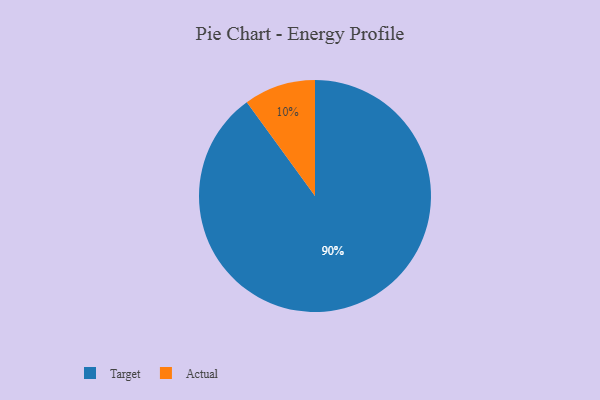
{"axis": {"x": "Category", "y": "Percentage"}, "legend": ["Actual", "Target"], "data": [{"x": "Target", "y": 90, "type": "Target"}, {"x": "Actual", "y": 10, "type": "Actual"}]}